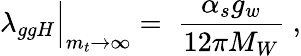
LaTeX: \lambda_{ggH}\Bigl|_{m_{t}\to\infty}\; =\; \frac{\alpha_{s}g_{w}}{12\pi M_{W}}\; ,